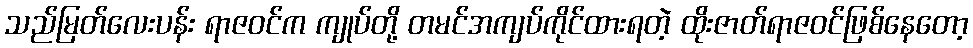
သည်မြတ်လေးပန်း ရာဇဝင်က ကျုပ်တို့ တမင်အကျပ်ကိုင်ထားရတဲ့ ထိုးဇာတ်ရာဇဝင်ဖြစ်နေတော့